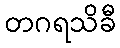
တဂရသိခီ